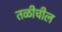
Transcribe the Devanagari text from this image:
तळीचील